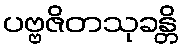
ပဗ္ဗဇိတသုခန္တိ